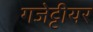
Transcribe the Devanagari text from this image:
गजेट्टीयर